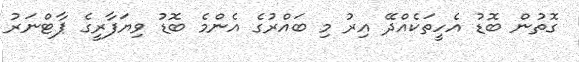
ގޮތުން ބޮޑު އެހީތަކެއްދޭ އިރު މި ބައްރުގެ އެންމެ ބޮޑު ވިޔަފާރީގެ ޕާޓްނަރު